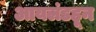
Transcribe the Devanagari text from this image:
आयलंडहून